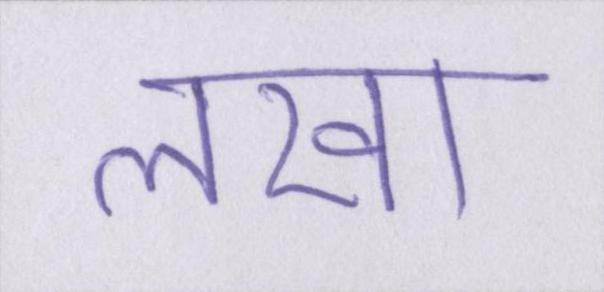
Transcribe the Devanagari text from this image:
लखा